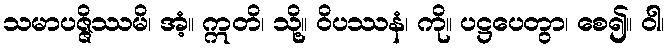
သမာပဇ္ဇိဿမိ၊ အံ့။ ဣတိ၊ သို့။ ဝိပဿနံ၊ ကို။ ပဋ္ဌပေတွာ၊ စေ၍။ ဝါ၊